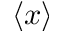
\langle x \rangle